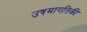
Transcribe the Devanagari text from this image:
उषमागतिकी